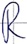
Text: R